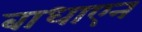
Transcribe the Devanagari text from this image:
बाधाएन